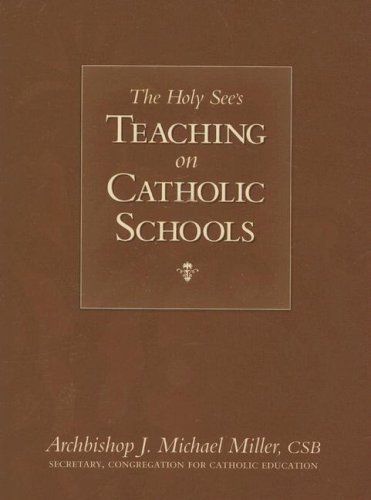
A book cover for The Holy See's Teaching on Catholic Schools; Archbishop J. Michael Miller; Christian Books & Bibles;